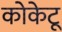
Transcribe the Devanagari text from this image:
कोकेटू